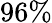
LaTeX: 96\%